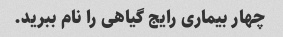
چهار بیماری رایج گیاهی را نام ببرید.